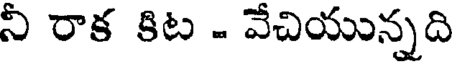
నీ రాక కిట - వేచియున్నది